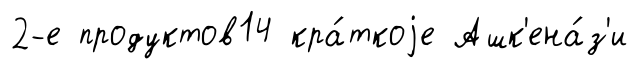
2-е продуктов14 кра́ткоjе Ашк'ена́з'и